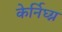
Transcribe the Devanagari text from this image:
केर्निघ्ग्न